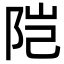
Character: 𬮿